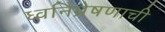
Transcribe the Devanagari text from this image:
ध्वनिप्रेषणाची